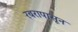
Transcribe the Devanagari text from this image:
रबरापासून